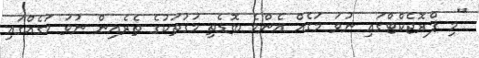
"މި ޕްރޮޖެކްޓްގައި ނުވަ މަގެއް އެންމެ ބޮޑެތި މަގުތަކުގެ ތެރެއިން ނުވަ މަގެއްގައި